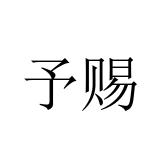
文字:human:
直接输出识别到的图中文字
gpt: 予赐